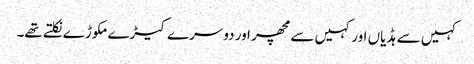
کہیں سے ہڈیاں اور کہیں سے مچھر اور دوسرے کیڑے مکوڑے نکلتے تھے۔